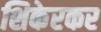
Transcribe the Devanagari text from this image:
शिकेरकर